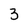
Character: 3